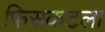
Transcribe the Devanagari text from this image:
फिसकटला